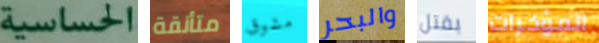
الحساسية متأنقة مشوق والبحر بقتل المؤخرات